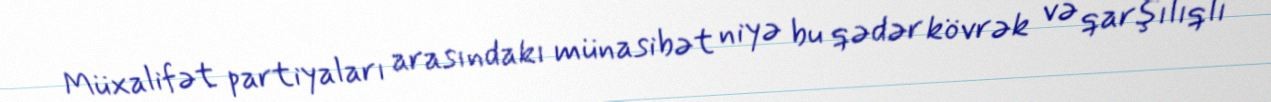
Müxalifət partiyaları arasındakı münasibət niyə bu qədər kövrək və qarşılıqlı